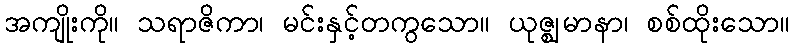
အကျိုးကို။ သရာဇိကာ၊ မင်းနှင့်တကွသော။ ယုဇ္ဈမာနာ၊ စစ်ထိုးသော။